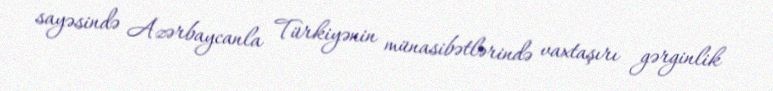
sayəsində Azərbaycanla Türkiyənin münasibətlərində vaxtaşırı gərginlik